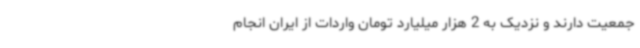
جمعیت دارند و نزدیک به 2 هزار میلیارد تومان واردات از ایران انجام